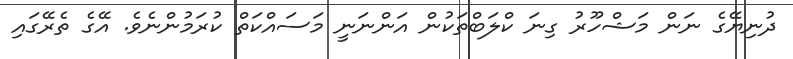
ދުނިޔޭގެ ނަން މަޝްހޫރު ގިނަ ކްލަބްތަކުން އަންނަނީ މަސައްކަތް ކުރަމުންނެވެ. އޭގެ ތެރޭގައި